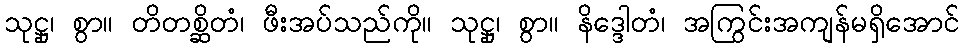
သုဋ္ဌု၊ စွာ။ တိတစ္ဆိတံ၊ ဖီးအပ်သည်ကို။ သုဋ္ဌု၊ စွာ။ နိဒ္ဒေါတံ၊ အကြွင်းအကျန်မရှိအောင်